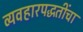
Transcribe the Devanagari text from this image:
व्यवहारपद्धतींचा